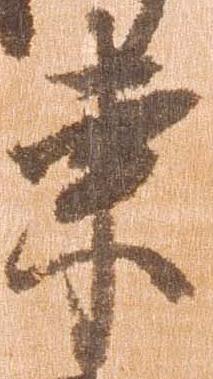
東